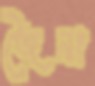
জৈনা